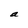
Character: a